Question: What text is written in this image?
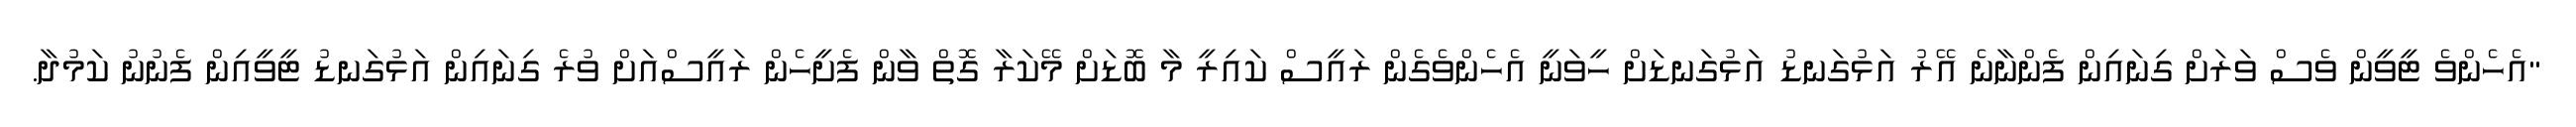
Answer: "އެހެންވެ ޓީވީން ވެސް ވަރަށް ގިނައިން ފެންނާނެ އޭރު އަޅުގަނޑު އަޅުގަނޑަށް ހީވަނީ އެހެންވެގެން ރައީސް ކައިރީ މާ ބޮޑަށް މޭކަރާ ގޮތް ވާން ފެށީހެން ރައީސްއަށް ވުރެ ގިނައިން އަޅުގަނޑު ޓީވީއިން ފެނުނު ކަމުދާ.